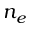
n _ { e }